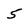
Character: 5